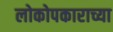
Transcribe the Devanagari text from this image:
लोकोपकाराच्या